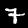
Label: 7